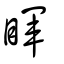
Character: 睴